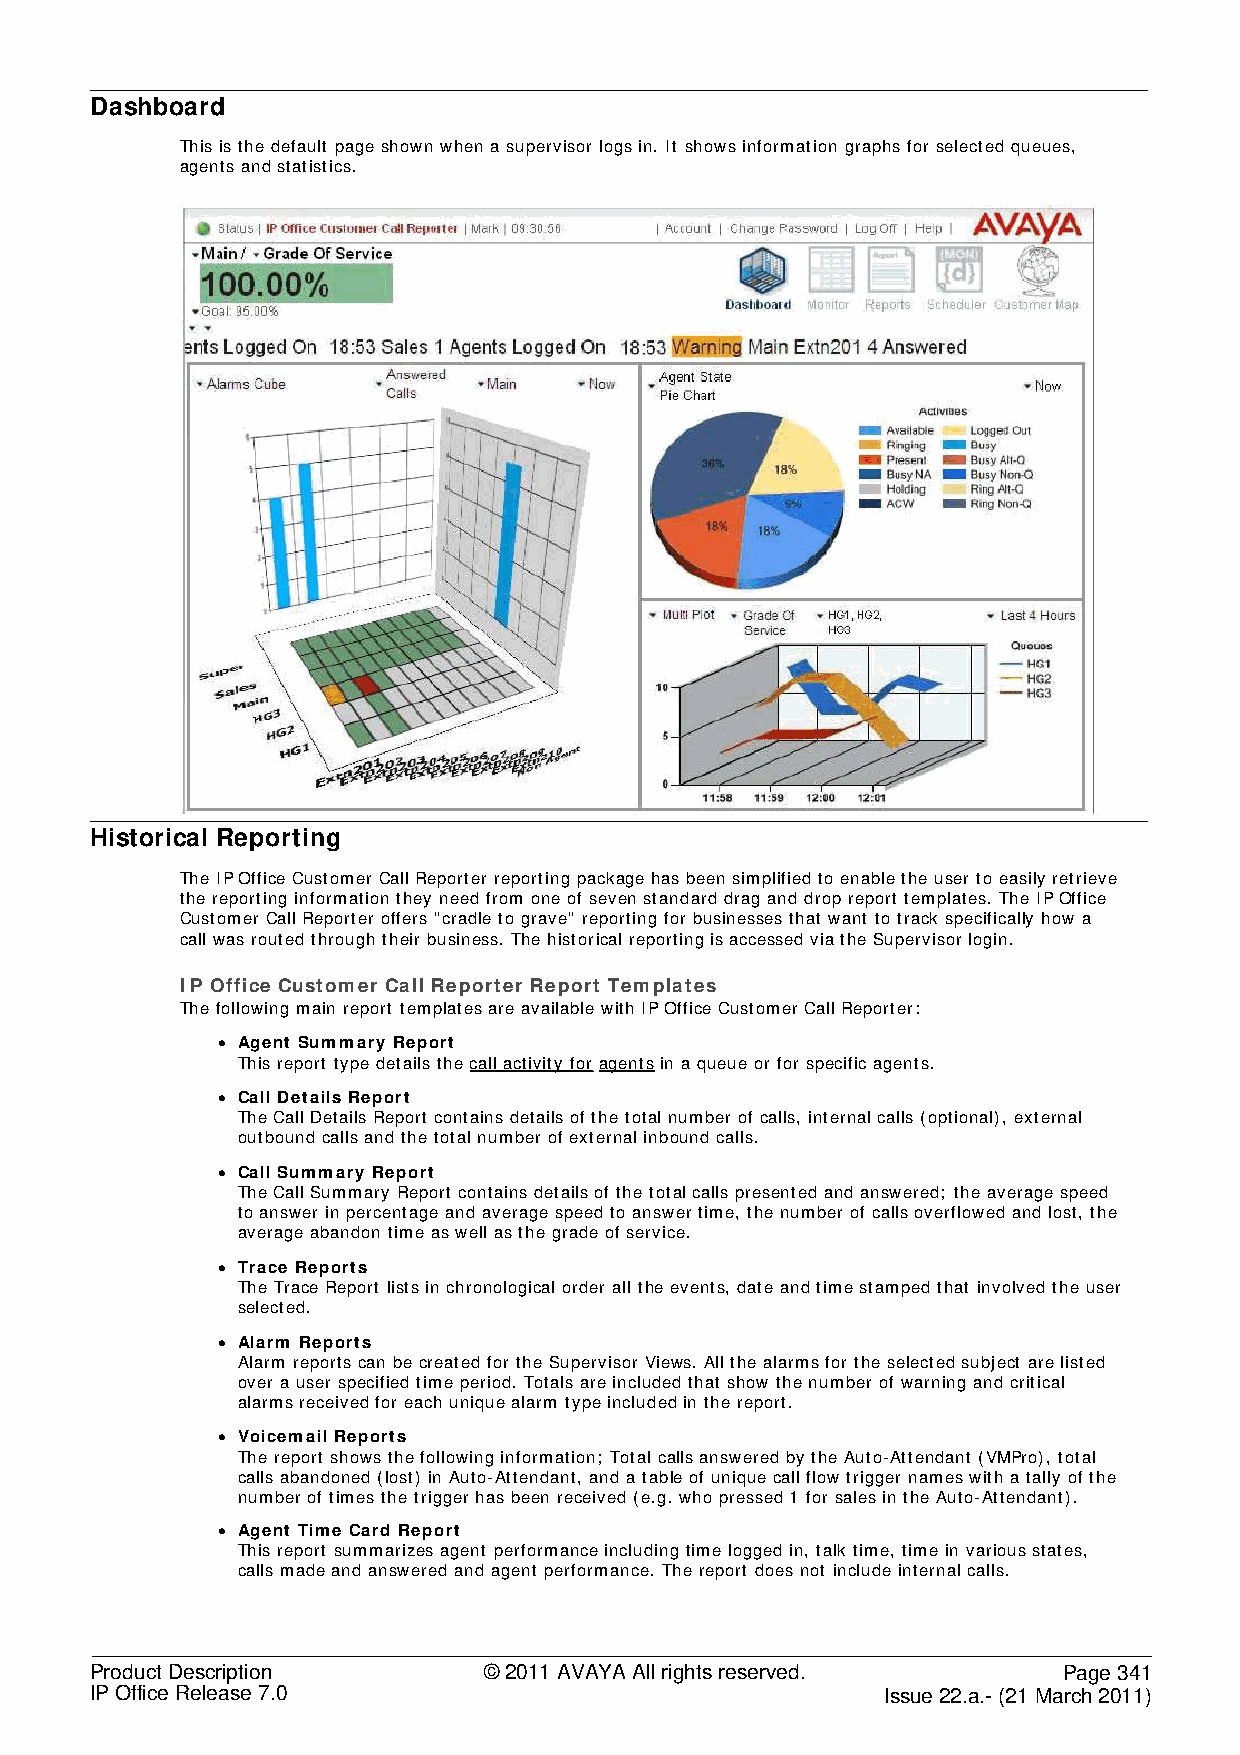
Dashboard
 This is the default page shown when a supervisor logs in. It shows information graphs for selected queues,
 agents and statistics.
 Historical Reporting
 The IP Office Customer Call Reporter reporting package has been simplified to enable the user to easily retrieve
 the reporting information they need from one of seven standard drag and drop report templates. The IP Office
 Customer Call Reporter offers "cradle to grave" reporting for businesses that want to track specifically how a
 call was routed through their business. The historical reporting is accessed via the Supervisor login.
 IP Office Customer Call Reporter Report Templates
 The following main report templates are available with IP Office Customer Call Reporter:
 • Agent Summary Report
 This report type details the call activity for agents in a queue or for specific agents.
 • Call Details Report
 The Call Details Report contains details of the total number of calls, internal calls (optional), external
 outbound calls and the total number of external inbound calls.
 • Call Summary Report
 The Call Summary Report contains details of the total calls presented and answered; the average speed
 to answer in percentage and average speed to answer time, the number of calls overflowed and lost, the
 average abandon time as well as the grade of service.
 • Trace Reports
 The Trace Report lists in chronological order all the events, date and time stamped that involved the user
 selected.
 • Alarm Reports
 Alarm reports can be created for the Supervisor Views. All the alarms for the selected subject are listed
 over a user specified time period. Totals are included that show the number of warning and critical
 alarms received for each unique alarm type included in the report.
 • Voicemail Reports
 The report shows the following information; Total calls answered by the Auto-Attendant (VMPro), total
 calls abandoned (lost) in Auto-Attendant, and a table of unique call flow trigger names with a tally of the
 number of times the trigger has been received (e.g. who pressed 1 for sales in the Auto-Attendant).
 • Agent Time Card Report
 This report summarizes agent performance including time logged in, talk time, time in various states,
 calls made and answered and agent performance. The report does not include internal calls.
 Product Description       © 2011 AVAYA All rights reserved.     Page 341
 IP Office Release 7.0                                Issue 22.a.- (21 March 2011)